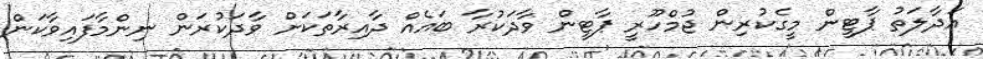
އަދާލަތު ޕާޓީން މީގެކުރިން ޖުމްހޫރީ ޕާޓީން ވާދަކުރާ ބައެއް ދާއިރާތަކަށް ވާދަކުރަން ނިންމާފައިވާކަން